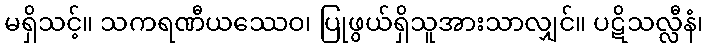
မရှိသင့်။ သကရဏီယဿေဝ၊ ပြုဖွယ်ရှိသူအားသာလျှင်။ ပဋိသလ္လီနံ၊